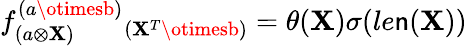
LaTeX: f_{(a\otimes\mathbf{X})}^{(a\otimesb)}{}_{(\mathbf{X}^{T}\otimesb)}=\theta(\mathbf{X})\sigma(le\mathsf{n}(\mathbf{X}))